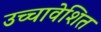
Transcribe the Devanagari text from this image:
उच्चावेशित